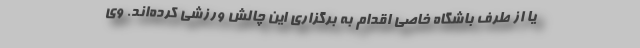
یا از طرف باشگاه خاصی اقدام به برگزاری این چالش ورزشی کرده‌اند. وی